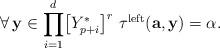
LaTeX: \begin{align*}\forall\,\mathbf{y}\in\displaystyle{\prod_{i=1}^{d}}\big{[}Y_{p+i}^{*}\big{]}^{r}\,\,\tau^{\mathrm{left}}(\mathbf{a},\mathbf{y})=\alpha.\end{align*}